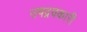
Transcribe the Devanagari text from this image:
उपद्रवकारी